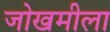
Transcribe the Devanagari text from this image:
जोखमीला